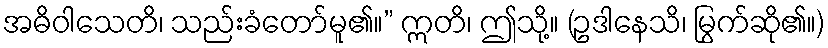
အဓိဝါသေတိ၊ သည်းခံတော်မူ၏။” ဣတိ၊ ဤသို့။ (ဥဒါနေသိ၊ မြွက်ဆို၏။)